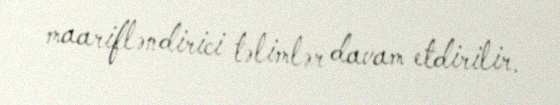
maarifləndirici təlimlər davam etdirilir.